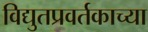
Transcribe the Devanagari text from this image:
विद्युतप्रवर्तकाच्या